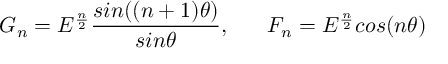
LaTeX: G _ { n } = E ^ { \frac { n } { 2 } } \frac { s i n ( ( n + 1 ) \theta ) } { s i n \theta } , \; \; \; \; \; \; F _ { n } = E ^ { \frac { n } { 2 } } c o s ( n \theta )